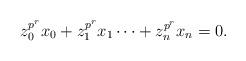
LaTeX: \begin{align*}z_0^{p^r}x_0+z_1^{p^r}x_1\cdots+z_n^{p^r}x_n=0.\end{align*}